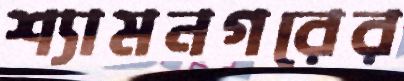
শ্যামনগরের